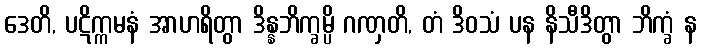
ဒေတိ, ပဋိက္ကမနံ အာဟရိတွာ ဒိန္နဘိက္ခမ္ပိ ဂဏှတိ, တံ ဒိဝသံ ပန နိသီဒိတွာ ဘိက္ခံ န